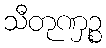
သီတုဏှဉ္စ